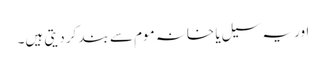
اور یہ سیل یا خانہ موم سے بند کر دیتی ہیں۔